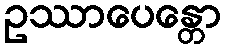
ဥဿာပေန္တော